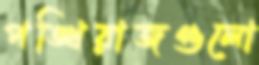
পঙ্খিরাজগুলো